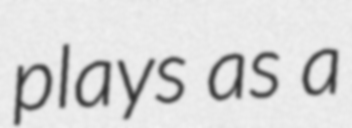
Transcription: plays as a